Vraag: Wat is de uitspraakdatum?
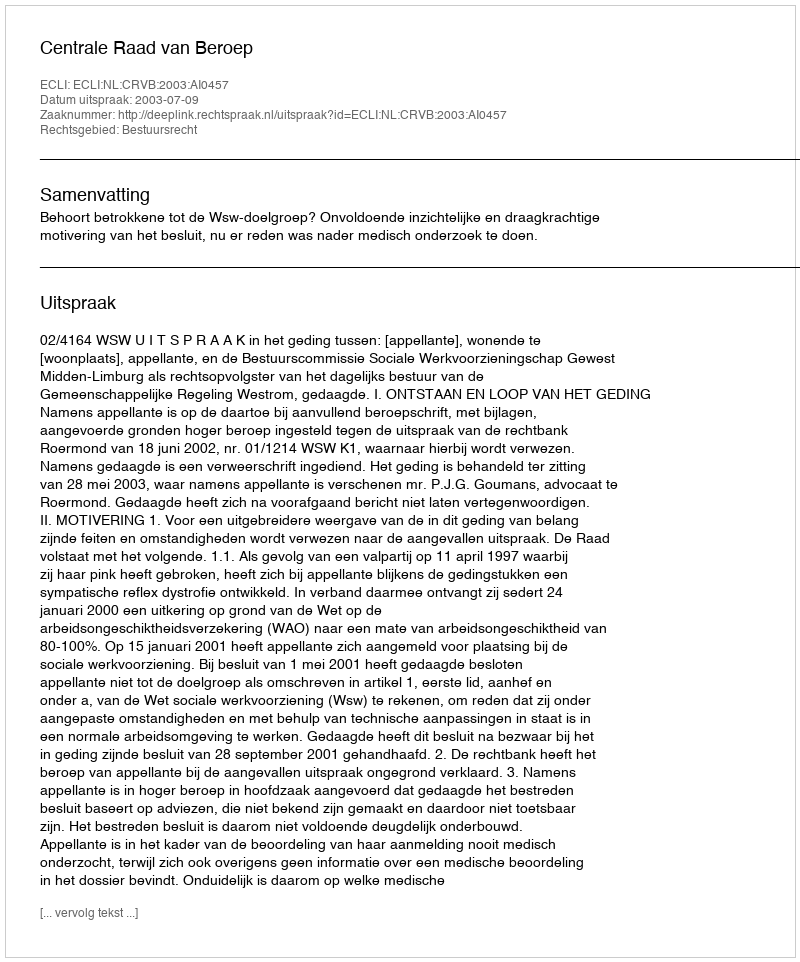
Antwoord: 2003-07-09